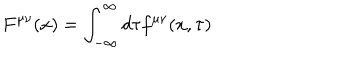
LaTeX: F ^ { \mu \nu } ( x ) = \int _ { - \infty } ^ { \infty } d \tau f ^ { \mu \nu } ( x , \tau )